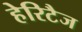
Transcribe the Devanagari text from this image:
हेरिटैज